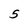
Character: 5